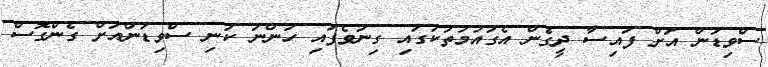
ސްވިޑަން އަށް ފައިސާ ދީގެން އެގައުމުތަކުގައި ގިނަވެފައި ހުންނަ ކުނި ސްވިޑަންއަށް ގެންގޮސް